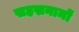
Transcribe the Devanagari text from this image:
सहस्रनामों